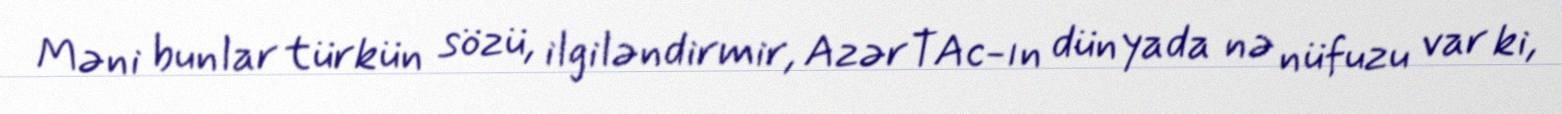
Məni bunlar türkün sözü, ilgiləndirmir, AzərTAc-ın dünyada nə nüfuzu var ki,